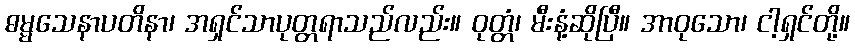
ဓမ္မသေနာပတိနာ၊ အရှင်သာပုတ္တရာသည်လည်း။ ဝုတ္တံ၊ မီးနံ့ဆိုပြီ။ အာဝုသော၊ ငါ့ရှင်တို့။